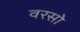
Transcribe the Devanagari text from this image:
वरसो